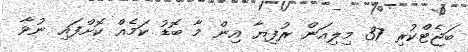
ބަޖެޓްކުރި 37 މިލިއަން ރުފިޔާ އިން މާ ބޮޑު ކަމެއް ކޮށްފައި ނުވާ